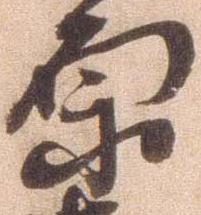
原